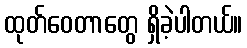
ထုတ်ဝေတာတွေ ရှိခဲ့ပါတယ်။